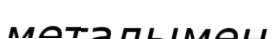
металымен